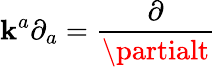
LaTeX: \mathbf{k}^{a}\partial_{a}={\frac{{\partial}}{{\partialt}}}